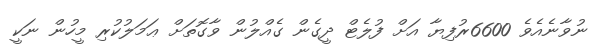
ނުވާނެއެވެ 6600ރުފިޔާ އަށް ފުލެޓް ދީގެން ގެއްލުން ވާގޮތަށް ޢަމަލުކުރި މީހުން ނަކީ